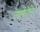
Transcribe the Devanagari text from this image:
उत्पर्तन